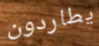
يطاردون